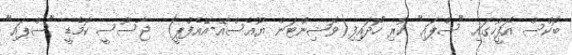
ބޮކްސް އޮފީހުގައި "ސްޕައި" ކުރި ހޯދައިފި(ވޮޝިންޓަން ޔޫއެސްއޭ-އޭއެފްޕީ)  ޖާސޫސީ ކޮމެޑީ "ސްޕައި"